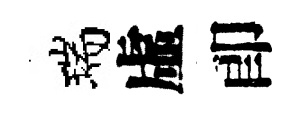
瑞虛卽